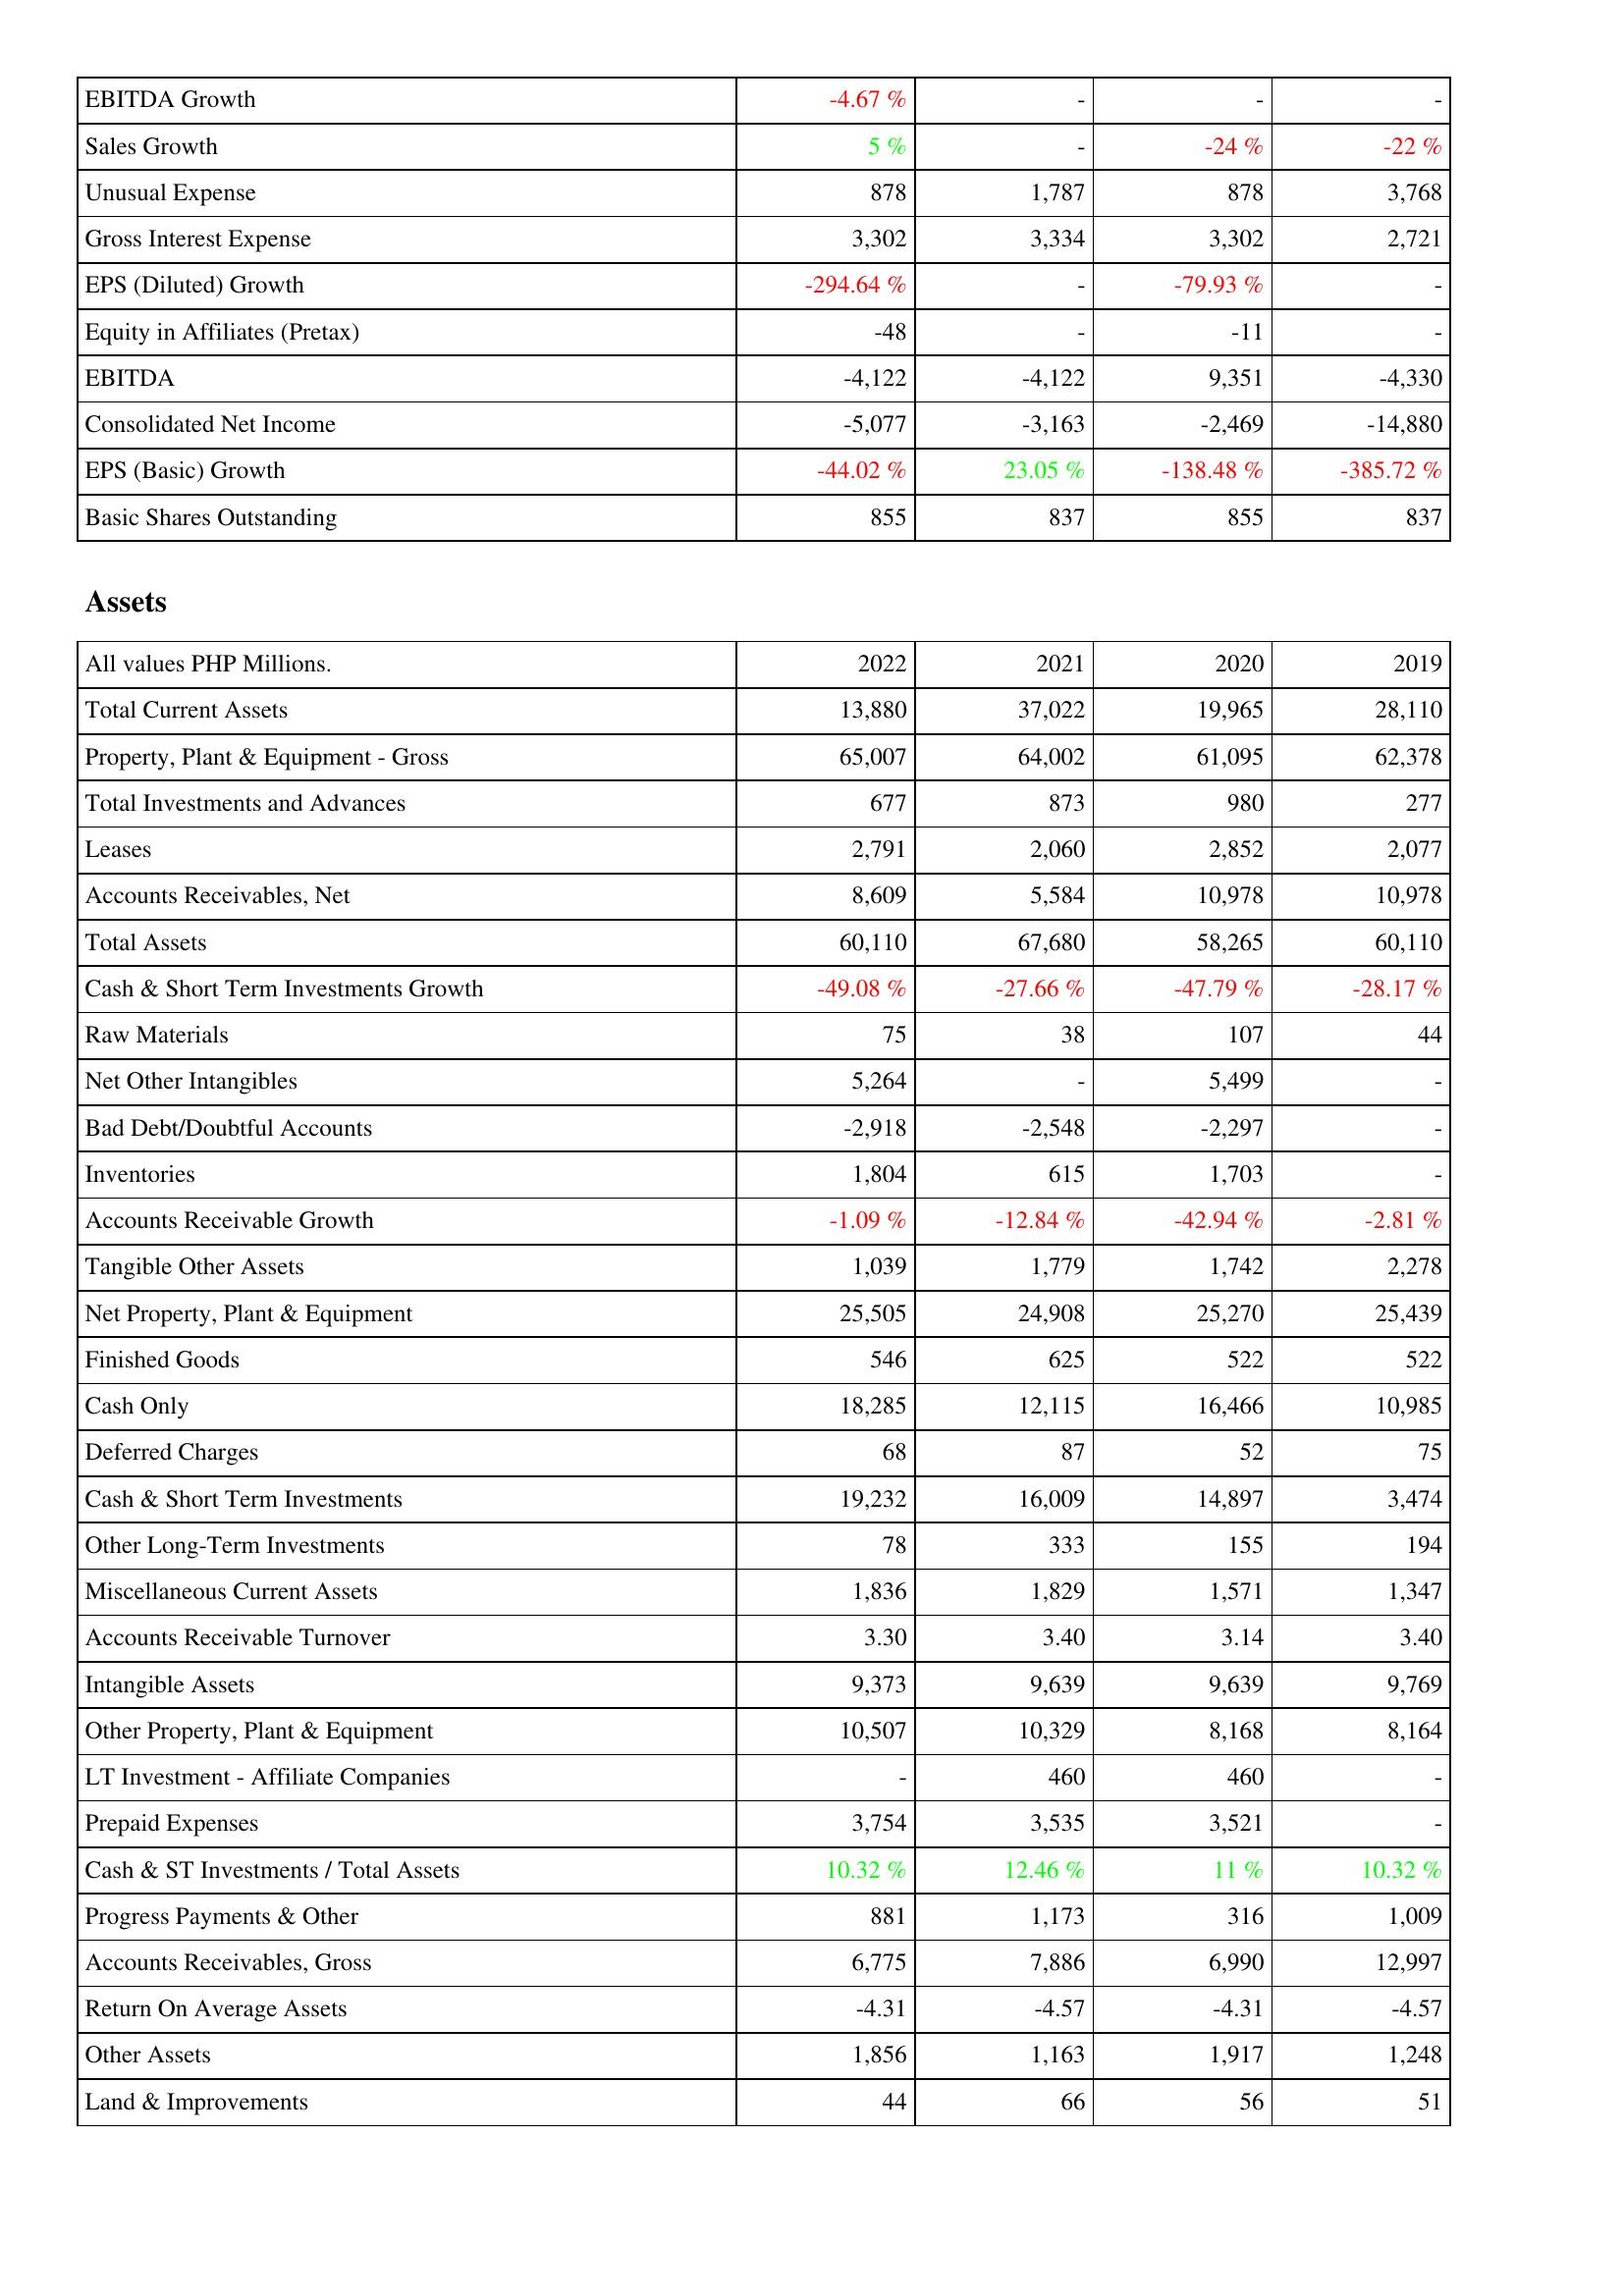
2022: Income Statement: EBITDA Growth: -4.67 %
Sales Growth: 5 %
Unusual Expense: 878
Gross Interest Expense: 3,302
EPS (Diluted) Growth: -294.64 %
Equity in Affiliates (Pretax): -48
EBITDA: -4,122
Consolidated Net Income: -5,077
EPS (Basic) Growth: -44.02 %
Basic Shares Outstanding: 855
Assets: Total Current Assets: 13,880
Property, Plant & Equipment - Gross: 65,007
Total Investments and Advances: 677
Leases: 2,791
Accounts Receivables, Net: 8,609
Total Assets: 60,110
Cash & Short Term Investments Growth: -49.08 %
Raw Materials: 75
Net Other Intangibles: 5,264
Bad Debt/Doubtful Accounts: -2,918
Inventories: 1,804
Accounts Receivable Growth: -1.09 %
Tangible Other Assets: 1,039
Net Property, Plant & Equipment: 25,505
Finished Goods: 546
Cash Only: 18,285
Deferred Charges: 68
Cash & Short Term Investments: 19,232
Other Long-Term Investments: 78
Miscellaneous Current Assets: 1,836
Accounts Receivable Turnover: 3.30
Intangible Assets: 9,373
Other Property, Plant & Equipment: 10,507
LT Investment - Affiliate Companies: -
Prepaid Expenses: 3,754
Cash & ST Investments / Total Assets: 10.32 %
Progress Payments & Other: 881
Accounts Receivables, Gross: 6,775
Return On Average Assets: -4.31
Other Assets: 1,856
Land & Improvements: 44
2021: Income Statement: EBITDA Growth: -
Sales Growth: -
Unusual Expense: 1,787
Gross Interest Expense: 3,334
EPS (Diluted) Growth: -
Equity in Affiliates (Pretax): -
EBITDA: -4,122
Consolidated Net Income: -3,163
EPS (Basic) Growth: 23.05 %
Basic Shares Outstanding: 837
Assets: Total Current Assets: 37,022
Property, Plant & Equipment - Gross: 64,002
Total Investments and Advances: 873
Leases: 2,060
Accounts Receivables, Net: 5,584
Total Assets: 67,680
Cash & Short Term Investments Growth: -27.66 %
Raw Materials: 38
Net Other Intangibles: -
Bad Debt/Doubtful Accounts: -2,548
Inventories: 615
Accounts Receivable Growth: -12.84 %
Tangible Other Assets: 1,779
Net Property, Plant & Equipment: 24,908
Finished Goods: 625
Cash Only: 12,115
Deferred Charges: 87
Cash & Short Term Investments: 16,009
Other Long-Term Investments: 333
Miscellaneous Current Assets: 1,829
Accounts Receivable Turnover: 3.40
Intangible Assets: 9,639
Other Property, Plant & Equipment: 10,329
LT Investment - Affiliate Companies: 460
Prepaid Expenses: 3,535
Cash & ST Investments / Total Assets: 12.46 %
Progress Payments & Other: 1,173
Accounts Receivables, Gross: 7,886
Return On Average Assets: -4.57
Other Assets: 1,163
Land & Improvements: 66
2020: Income Statement: EBITDA Growth: -
Sales Growth: -24 %
Unusual Expense: 878
Gross Interest Expense: 3,302
EPS (Diluted) Growth: -79.93 %
Equity in Affiliates (Pretax): -11
EBITDA: 9,351
Consolidated Net Income: -2,469
EPS (Basic) Growth: -138.48 %
Basic Shares Outstanding: 855
Assets: Total Current Assets: 19,965
Property, Plant & Equipment - Gross: 61,095
Total Investments and Advances: 980
Leases: 2,852
Accounts Receivables, Net: 10,978
Total Assets: 58,265
Cash & Short Term Investments Growth: -47.79 %
Raw Materials: 107
Net Other Intangibles: 5,499
Bad Debt/Doubtful Accounts: -2,297
Inventories: 1,703
Accounts Receivable Growth: -42.94 %
Tangible Other Assets: 1,742
Net Property, Plant & Equipment: 25,270
Finished Goods: 522
Cash Only: 16,466
Deferred Charges: 52
Cash & Short Term Investments: 14,897
Other Long-Term Investments: 155
Miscellaneous Current Assets: 1,571
Accounts Receivable Turnover: 3.14
Intangible Assets: 9,639
Other Property, Plant & Equipment: 8,168
LT Investment - Affiliate Companies: 460
Prepaid Expenses: 3,521
Cash & ST Investments / Total Assets: 11 %
Progress Payments & Other: 316
Accounts Receivables, Gross: 6,990
Return On Average Assets: -4.31
Other Assets: 1,917
Land & Improvements: 56
2019: Income Statement: EBITDA Growth: -
Sales Growth: -22 %
Unusual Expense: 3,768
Gross Interest Expense: 2,721
EPS (Diluted) Growth: -
Equity in Affiliates (Pretax): -
EBITDA: -4,330
Consolidated Net Income: -14,880
EPS (Basic) Growth: -385.72 %
Basic Shares Outstanding: 837
Assets: Total Current Assets: 28,110
Property, Plant & Equipment - Gross: 62,378
Total Investments and Advances: 277
Leases: 2,077
Accounts Receivables, Net: 10,978
Total Assets: 60,110
Cash & Short Term Investments Growth: -28.17 %
Raw Materials: 44
Net Other Intangibles: -
Bad Debt/Doubtful Accounts: -
Inventories: -
Accounts Receivable Growth: -2.81 %
Tangible Other Assets: 2,278
Net Property, Plant & Equipment: 25,439
Finished Goods: 522
Cash Only: 10,985
Deferred Charges: 75
Cash & Short Term Investments: 3,474
Other Long-Term Investments: 194
Miscellaneous Current Assets: 1,347
Accounts Receivable Turnover: 3.40
Intangible Assets: 9,769
Other Property, Plant & Equipment: 8,164
LT Investment - Affiliate Companies: -
Prepaid Expenses: -
Cash & ST Investments / Total Assets: 10.32 %
Progress Payments & Other: 1,009
Accounts Receivables, Gross: 12,997
Return On Average Assets: -4.57
Other Assets: 1,248
Land & Improvements: 51